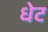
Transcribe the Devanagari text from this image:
धेट